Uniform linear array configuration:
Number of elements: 64
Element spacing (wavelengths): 0.5
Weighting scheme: kaiser
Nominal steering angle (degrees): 60
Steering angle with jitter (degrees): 58.659
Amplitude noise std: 0.05
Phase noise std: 0.05

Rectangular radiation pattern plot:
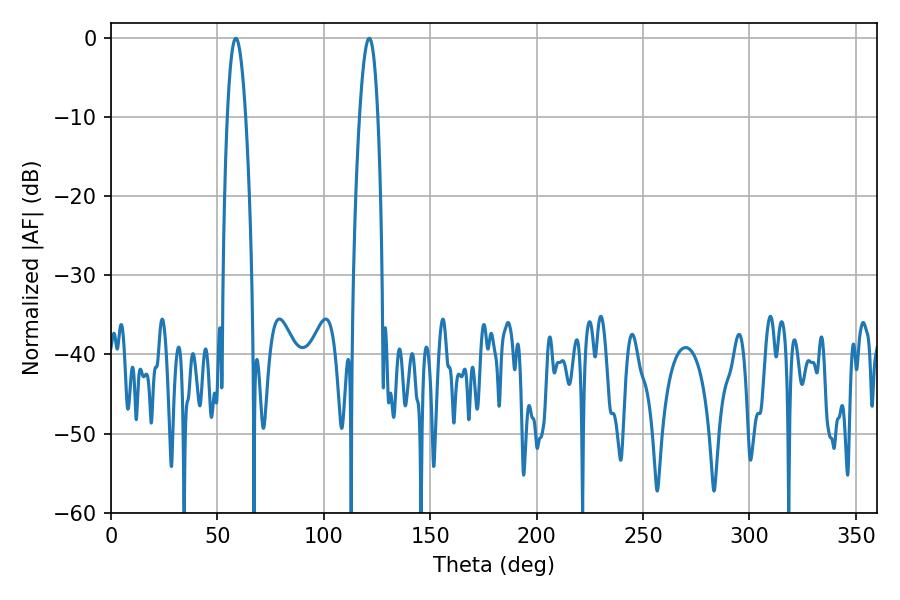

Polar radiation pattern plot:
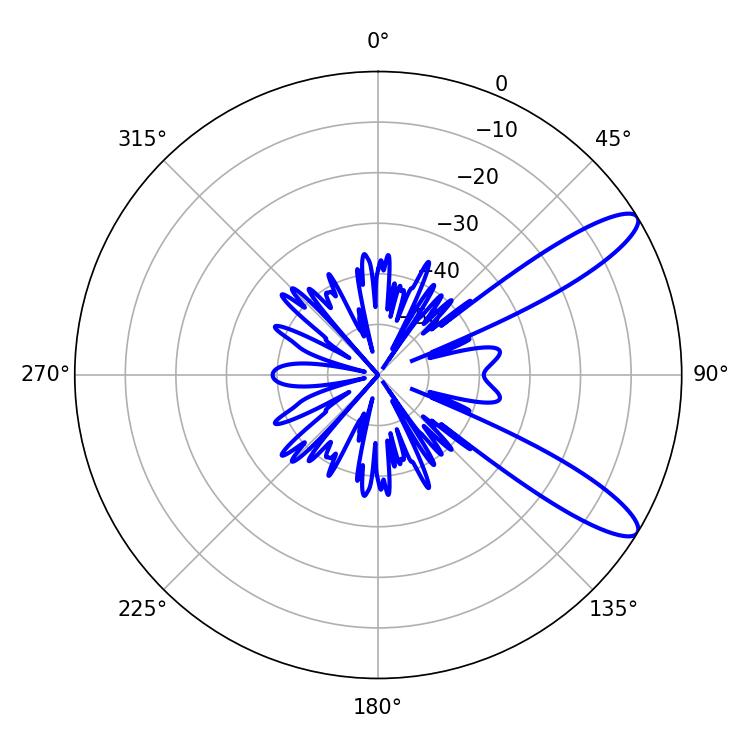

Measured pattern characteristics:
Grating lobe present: FALSE
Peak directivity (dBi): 11.156
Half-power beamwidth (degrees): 4.86
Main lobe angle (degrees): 58.68